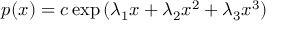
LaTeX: p ( x ) = c \exp { ( \lambda _ { 1 } x + \lambda _ { 2 } x ^ { 2 } + \lambda _ { 3 } x ^ { 3 } ) }